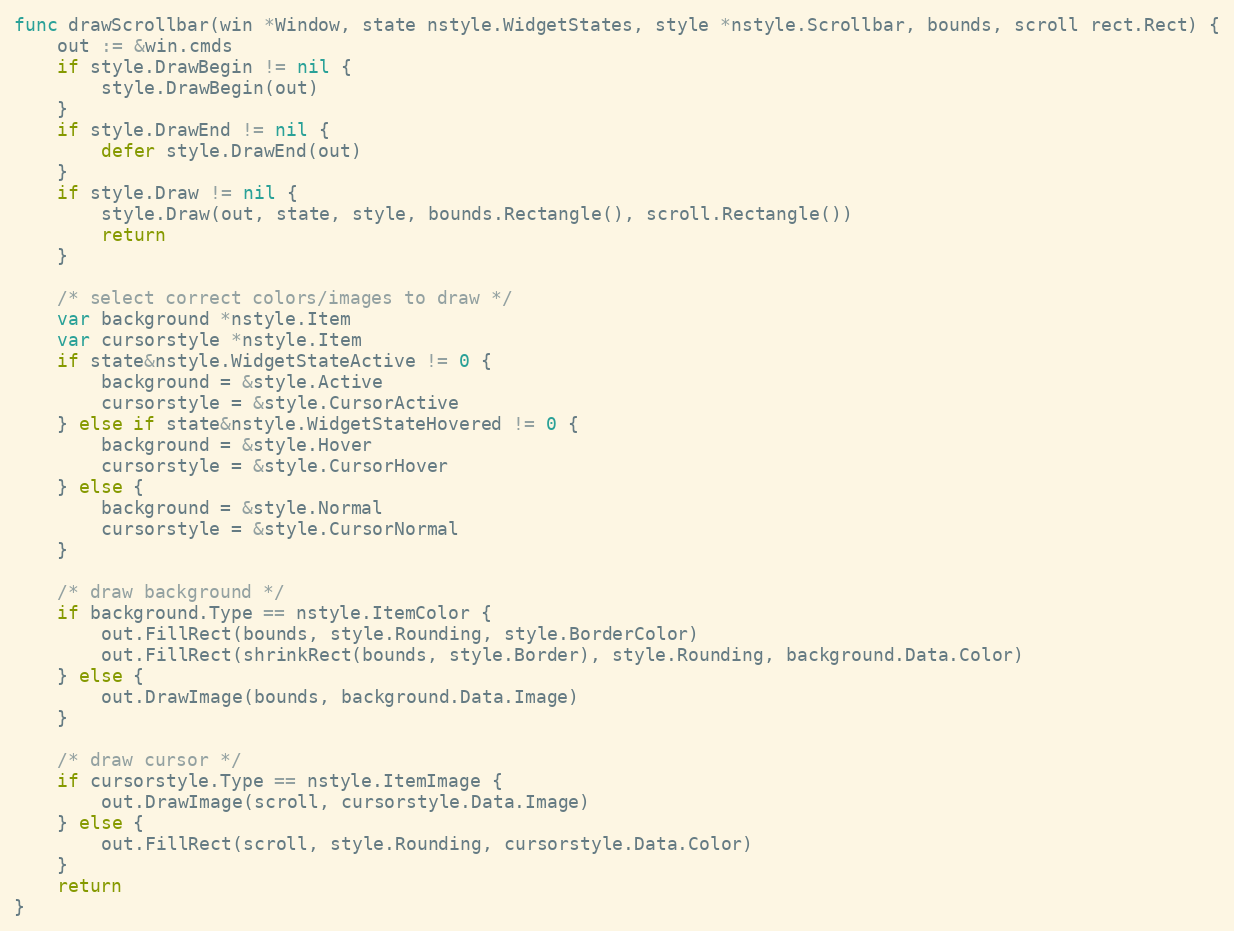
Language: Go
func drawScrollbar(win *Window, state nstyle.WidgetStates, style *nstyle.Scrollbar, bounds, scroll rect.Rect) {
	out := &win.cmds
	if style.DrawBegin != nil {
		style.DrawBegin(out)
	}
	if style.DrawEnd != nil {
		defer style.DrawEnd(out)
	}
	if style.Draw != nil {
		style.Draw(out, state, style, bounds.Rectangle(), scroll.Rectangle())
		return
	}

	/* select correct colors/images to draw */
	var background *nstyle.Item
	var cursorstyle *nstyle.Item
	if state&nstyle.WidgetStateActive != 0 {
		background = &style.Active
		cursorstyle = &style.CursorActive
	} else if state&nstyle.WidgetStateHovered != 0 {
		background = &style.Hover
		cursorstyle = &style.CursorHover
	} else {
		background = &style.Normal
		cursorstyle = &style.CursorNormal
	}

	/* draw background */
	if background.Type == nstyle.ItemColor {
		out.FillRect(bounds, style.Rounding, style.BorderColor)
		out.FillRect(shrinkRect(bounds, style.Border), style.Rounding, background.Data.Color)
	} else {
		out.DrawImage(bounds, background.Data.Image)
	}

	/* draw cursor */
	if cursorstyle.Type == nstyle.ItemImage {
		out.DrawImage(scroll, cursorstyle.Data.Image)
	} else {
		out.FillRect(scroll, style.Rounding, cursorstyle.Data.Color)
	}
	return
}